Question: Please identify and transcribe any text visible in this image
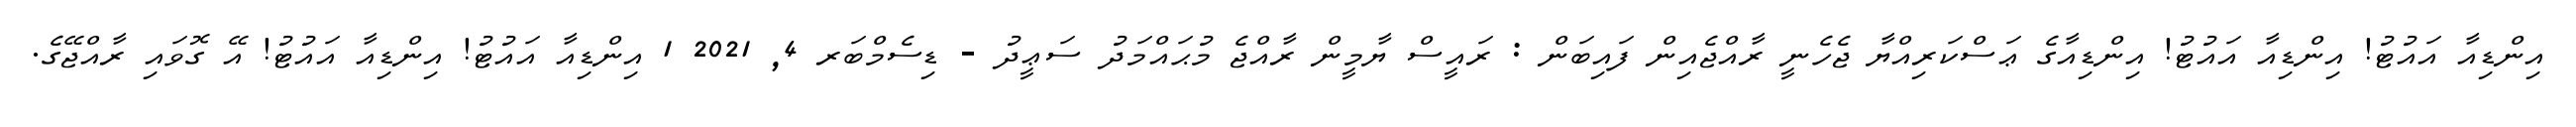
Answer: އިންޑިއާ އައުޓު! އިންޑިއާ އައުޓު! އިންޑިއާގެ ޢަސްކަރިއްޔާ ޖެހެނީ ރާއްޖެއިން ފައިބަން : ރައީސް ޔާމީން ރާއްޖެ މުޙައްމަދު ސަޢީދު - ޑިސެމްބަރ 4, 2021 1 އިންޑިއާ އައުޓު! އިންޑިއާ އައުޓު! އޭ ގޮވައި ރާއްޖޭގެ.